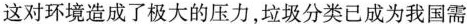
这对环境造成了极大的压力，垃圾分类已成为我国需